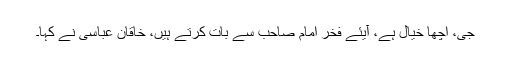
جی، اچھا خیال ہے، آیئے فخر امام صاحب سے بات کرتے ہیں، خاقان عباسی نے کہا۔